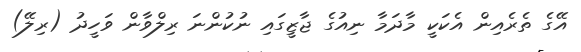
އޭގެ ތެރެއިން އެކަކީ މާދަމާ ނިއުގެ ޖާޒީގައި ނުކުންނަ ރިލްވާން ވަހީދު (ރިލޭ)